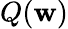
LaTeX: Q(\mathbf{w})